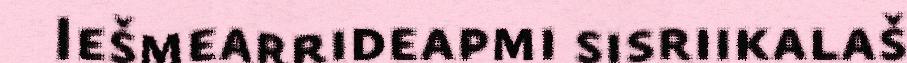
Iešmearrideapmi sisriikalaš